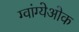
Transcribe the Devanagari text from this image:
ग्वांग्येओक